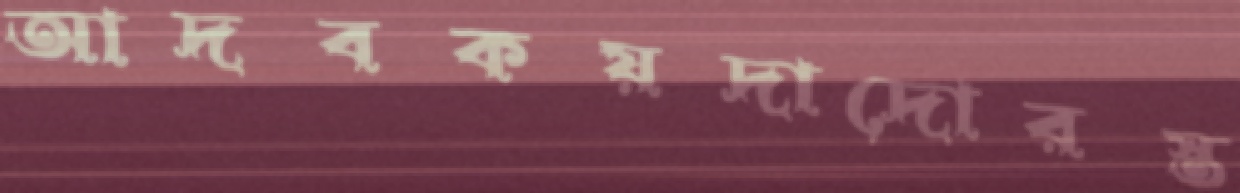
আদবকয়দাদোরস্ত